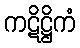
ကဋိဋ္ဌိကံ